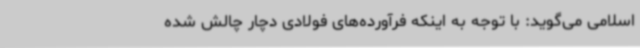
اسلامی می‌گوید: با توجه به اینکه فرآورده‌های فولادی دچار چالش شده